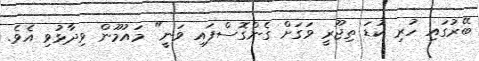
ބޭރުގައި ހުރި ކުޑަ ތިޖޫރީ ވަގަށް ގެންގޮސްފައި ވަނީ" މައުމޫން ވިދާޅުވި އެވެ.